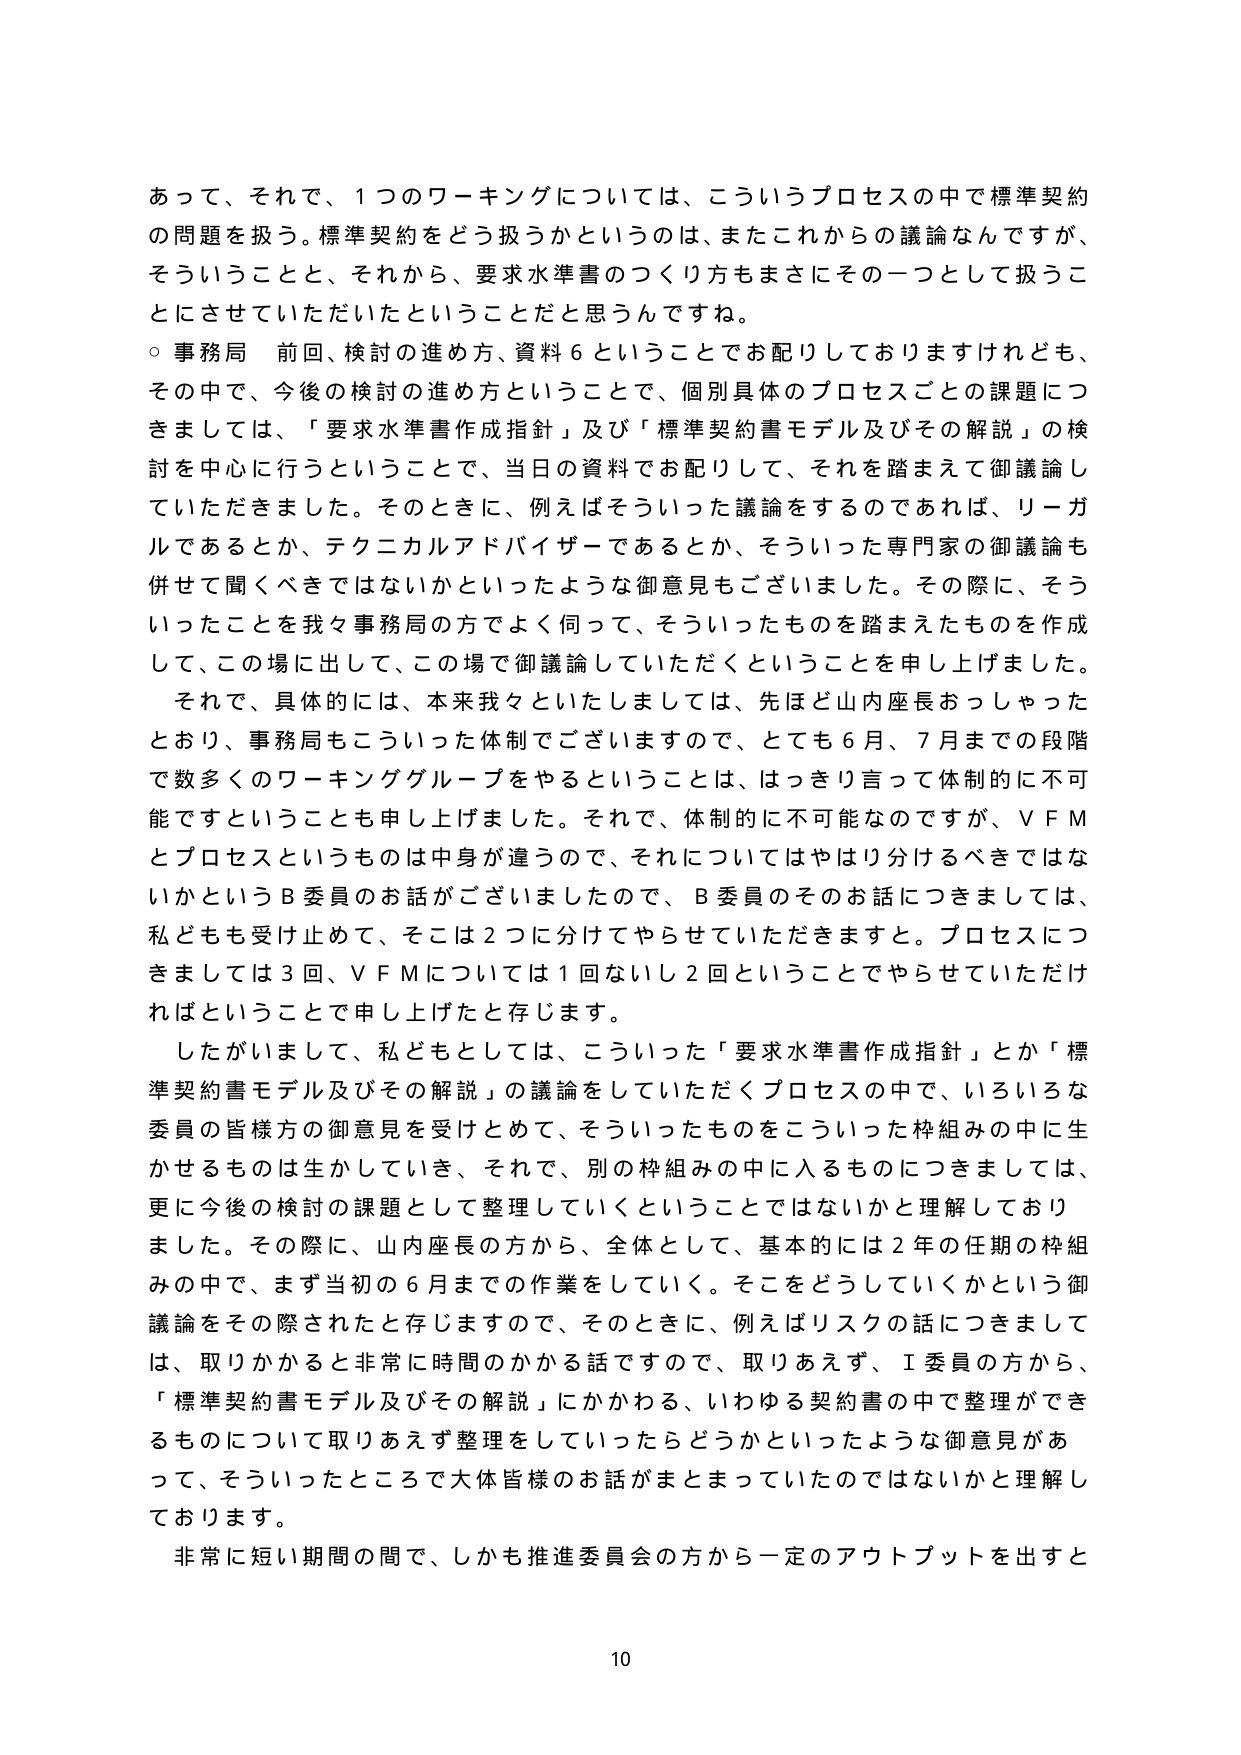
あって、それで、１つのワーキングについては、こういうプロセスの中で標準契約の問題を扱う。標準契約をどう扱うかというのは、またこれからの議論なんですが、そういうことと、それから、要求水準書のつくり方もまさにその一つとして扱うことにさせていただいたということだと思うんですね。

○ 事務局 前回、検討の進め方、資料６ということでお配りしておりますけれども、その中で、今後の検討の進め方ということで、個別具体的プロセスごとの課題につきましては、「要求水準書作成指針」及び「標準契約書モデル及びその解説」の検討を中心に行うということで、当日の資料でお配りして、それを踏まえて御議論していただきました。そのときに、例えばそういった議論をするのであれば、リーガルであるとか、テクニカルアドバイザーであるとか、そういった専門家の御議論も併せて聞くべきではないかといったような御意見もございました。その際に、そういったことを我々事務局の方でよく伺って、そういったものを踏まえたものを作成して、この場に出して、この場で御議論していただくということを申し上げました。

それで、具体的には、本来我々といたしましては、先ほど山内座長おっしゃったとおり、事務局もこういった体制でございますので、とても６月、７月までの段階で数多くのワーキンググループをやるということは、はっきり言って体制的に不可能ですということも申し上げました。それで、体制的に不可能なのですが、ＶＦＭとプロセスというものは中身が違うので、それについてはやはり分けるべきではないかというＢ委員のお話がございましたので、Ｂ委員のそのお話につきましては、私どもも受け止めて、そこは２つに分けてやらせていただきます。プロセスにつきましては３回、ＶＦＭについては１回ないし２回ということでやらせていただければということで申し上げたと存じます。

したがいまして、私どもとしては、こういった「要求水準書作成指針」とか「標準契約書モデル及びその解説」の議論をしていただくプロセスの中で、いろいろな委員の皆様方の御意見を受けとめて、そういったものをこういった枠組みの中に生かせるものは生かしていき、それで、別の枠組みの中に入るものにつきましては、更に今後の検討の課題として整理していくということではないかと理解しておりました。その際に、山内座長の方から、全体として、基本的には２年の任期の枠組みの中で、まず当初の６月までの作業をしていく。そこをどうしていくかという御議論をその際されたと存じますので、そのときに、例えばリスクの話につきましては、取りかかると非常に時間のかかる話ですので、取りあえず、Ｉ委員の方から、「標準契約書モデル及びその解説」にかかわる、いわゆる契約書の中で整理ができるものについて取りあえず整理をしていったらどうかといったような御意見があって、そういったところで大体皆様のお話がまとまっていたのではないかと理解しております。

非常に短い期間の間で、しかも推進委員会の方から一定のアウトプットを出すと

10